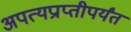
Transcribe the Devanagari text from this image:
अपत्यप्राप्तीपर्यंत